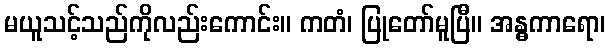
မယူသင့်သည်ကိုလည်းကောင်း။ ကတံ၊ ပြုတော်မူပြီ။ အန္ဓကာရော၊